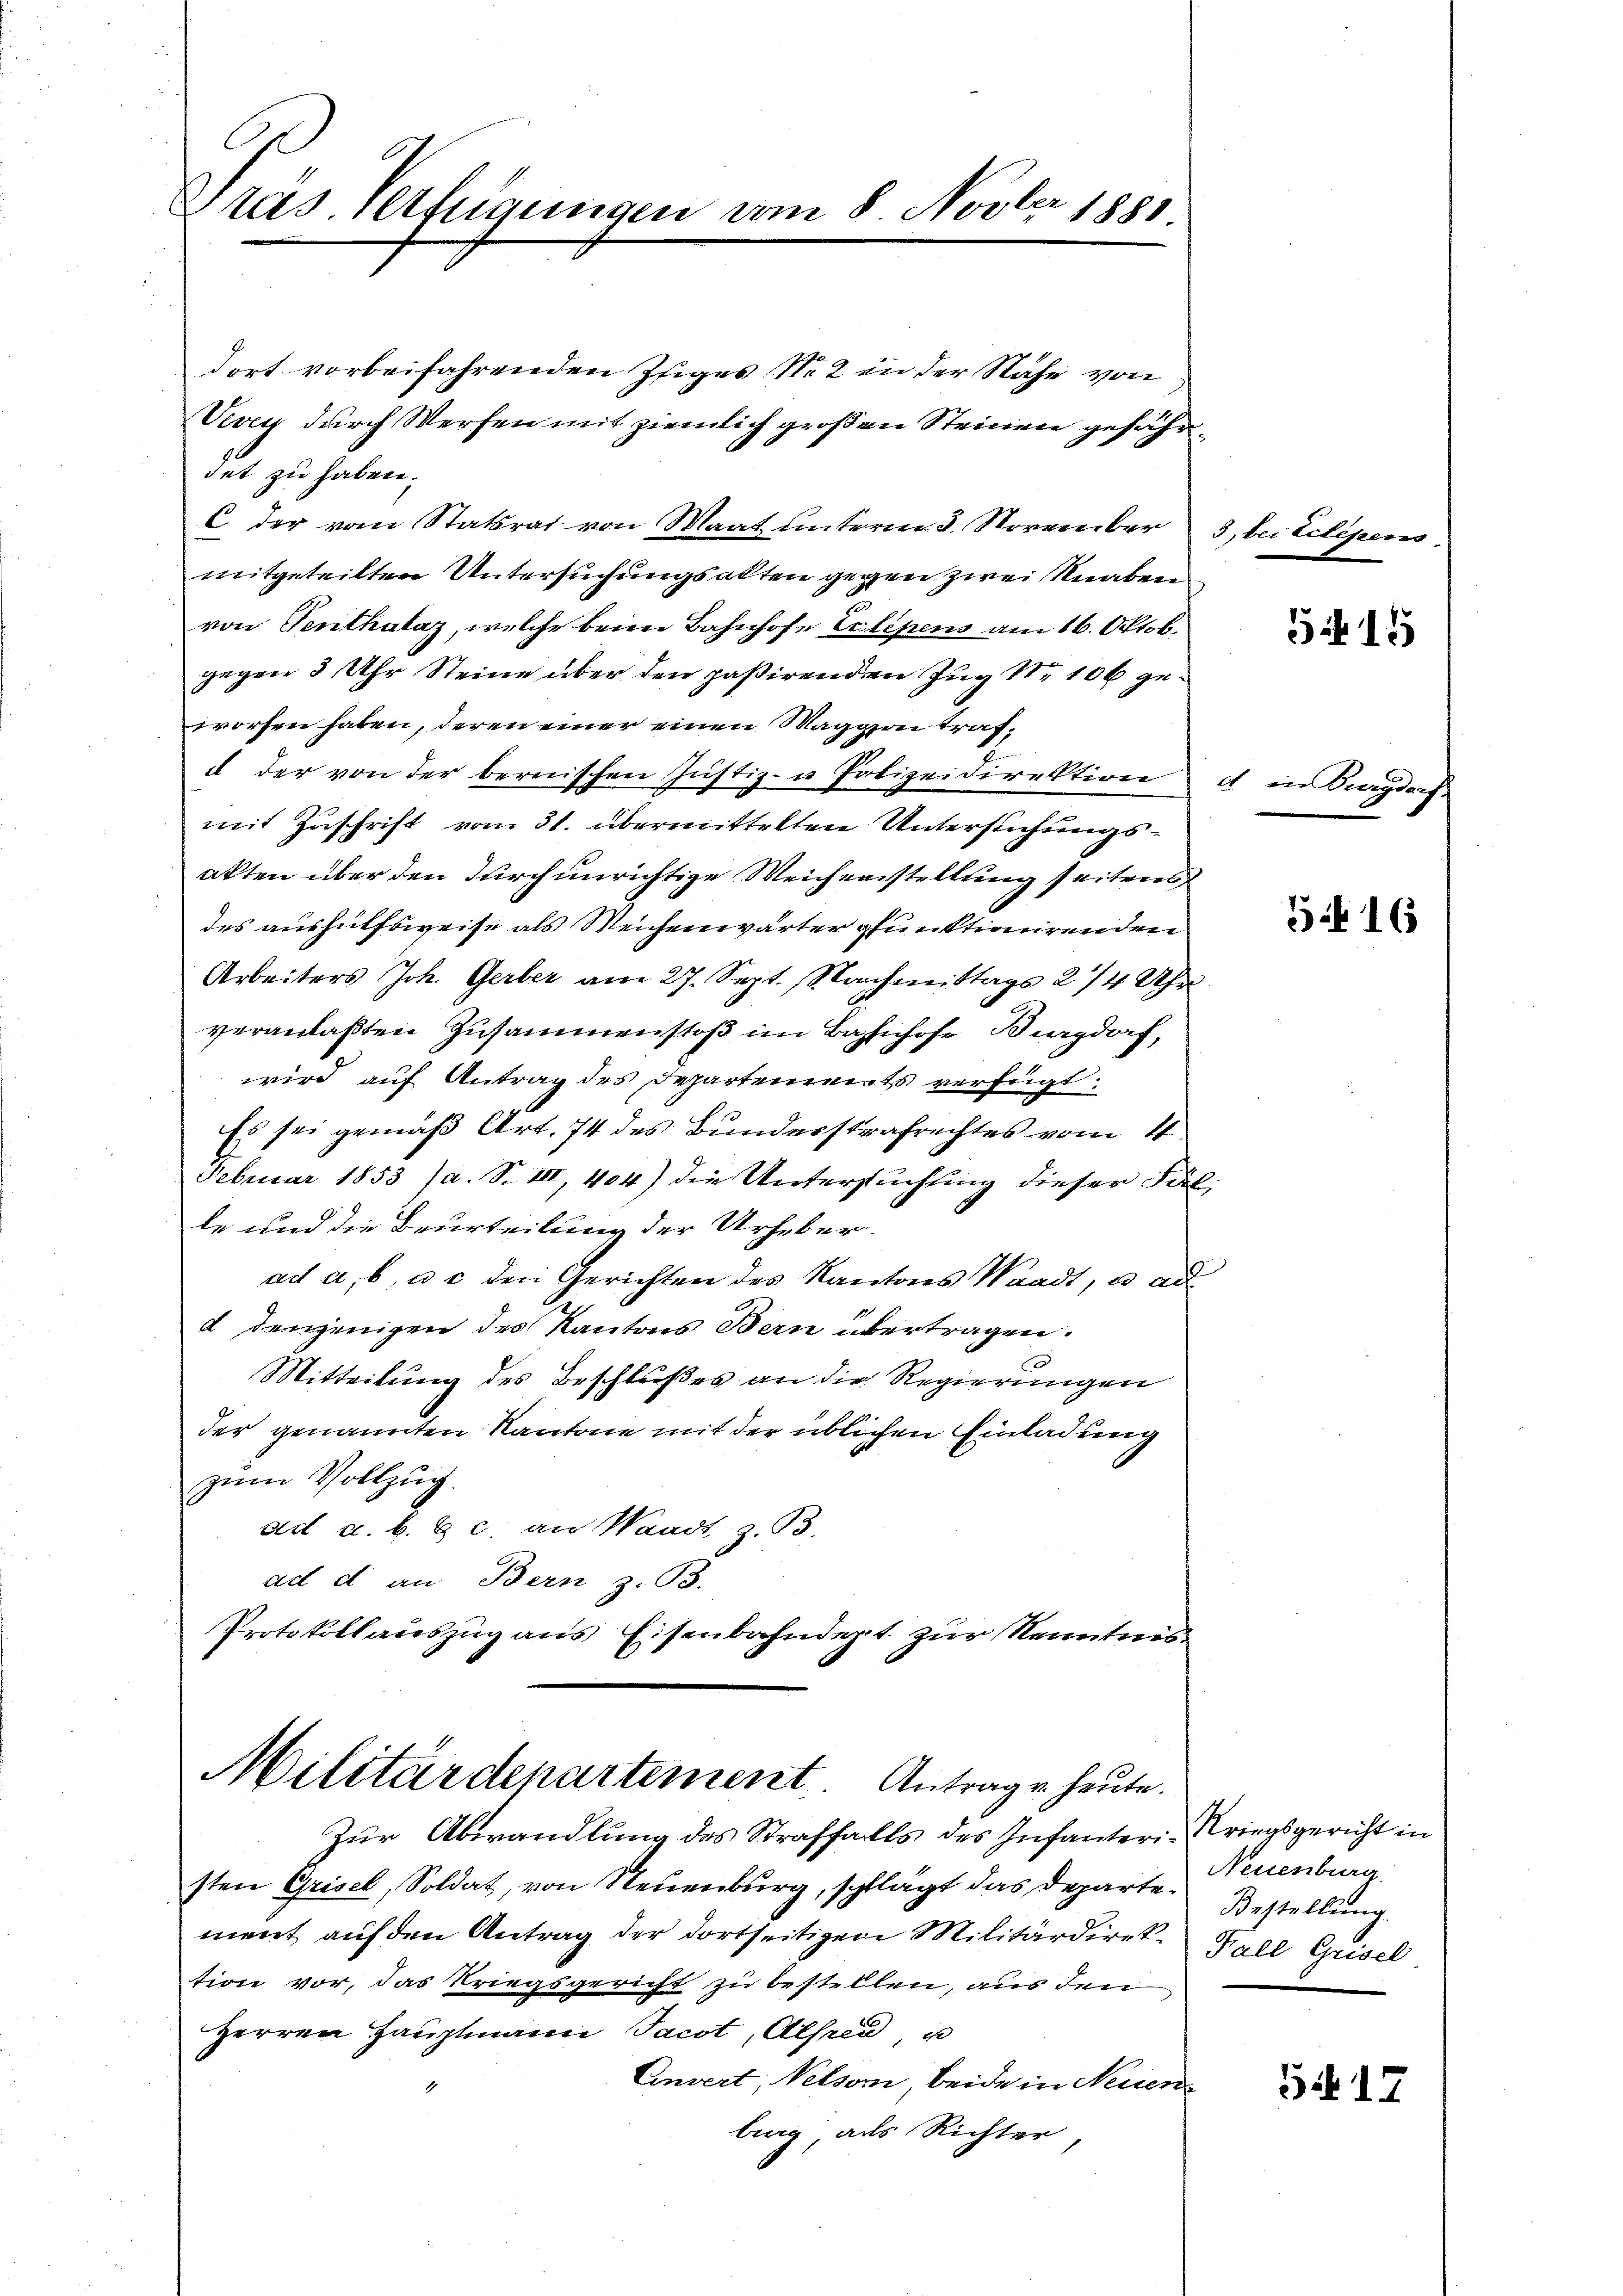
Präs. Heftigungen vom 8 Novber 1881

dort vorbeifahrenden Isiges No 2 in der Nähe von
Vevey durch Werfen mit ziemlich großen Steinen gefährdet zu haben.
C der vom Statsrat von Maat unterm 3. November
mitgeteilten Untersuchungsalten gegen zwei Knaben
von Senthalaz, welche beim Bahnhofe Eclipens am 16. Oktob.
gegen 3 Uhr Steine über den paßirenden Zug No 106 geworfen haben, deren einer einen Waggoi trafd der von der bereiischen Justiz- u Polizeidirektion
mit Zuschrift vom 31. übermittelten Untersuchungsakten über den durch unrichtige Weichenstellung seitens
des aushülfsweise als Weichenwärter punktionirenden
Arbeiters Joh. Gerber am 27. Sept. Nachmittags 2/4 Uhr
veranlaßten Zusammenstoß im Bahnhofe Burgdorf,
wird auf Antrag des Departements verfügt:
Es sei gemäß Art. 74 des Bundesstrafrechtes vom 4
Februar 1853 (a. S. III, 404) die Untersuchung dieser Fil
le und die Beurteilung der Urheber.
ad a, b, e c den Gerichten des Kantons Waadt, u ad
d denjenigen des Kantons Bern übertragen.
Mitteilung des Beschlußes an die Regierungen
der genannten Kantone mit der üblichen Einladung
zum Vollzug.
ad a. b. & c. an Waadt z. B.
ad d an Bern z. B.
Protokollauszug aus Eisenbahndept. zur Kenntnis

Militärdepartement. Antrage heute.

Zur Abwandlung des Straffalls des Infanteri-Kriegsgericht in
sten Grisel, Soldat, von Neuenburg, schlägt das Departe Bestellung
ment auf den Antrag der dortseitigen Militärdirektion vor, das Kriegsgericht zu bestellen, aus den
Herren Hauptmann Jacot, Alfred u
Einvert, Netzern, beide in Neuen
brag, als Richter,

3., bei Lebesseres

5415

d in Burgdorf

316

Neuenburg
Fall Grisel

5417